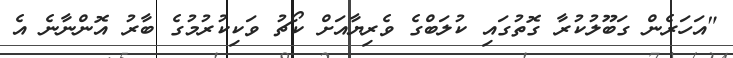
"އަހަރެން ގަބޫލުކުރާ ގޮތުގައި ކުލަބްގެ ވެރިޔާއަށް ކޯޗު ވަކިކުރުމުގެ ބާރު އޮންނާނެ އެ